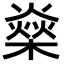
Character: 燊